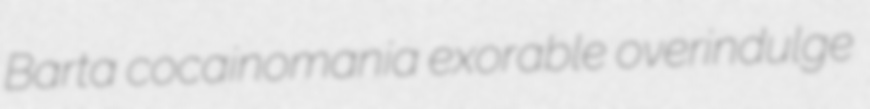
Barta cocainomania exorable overindulge